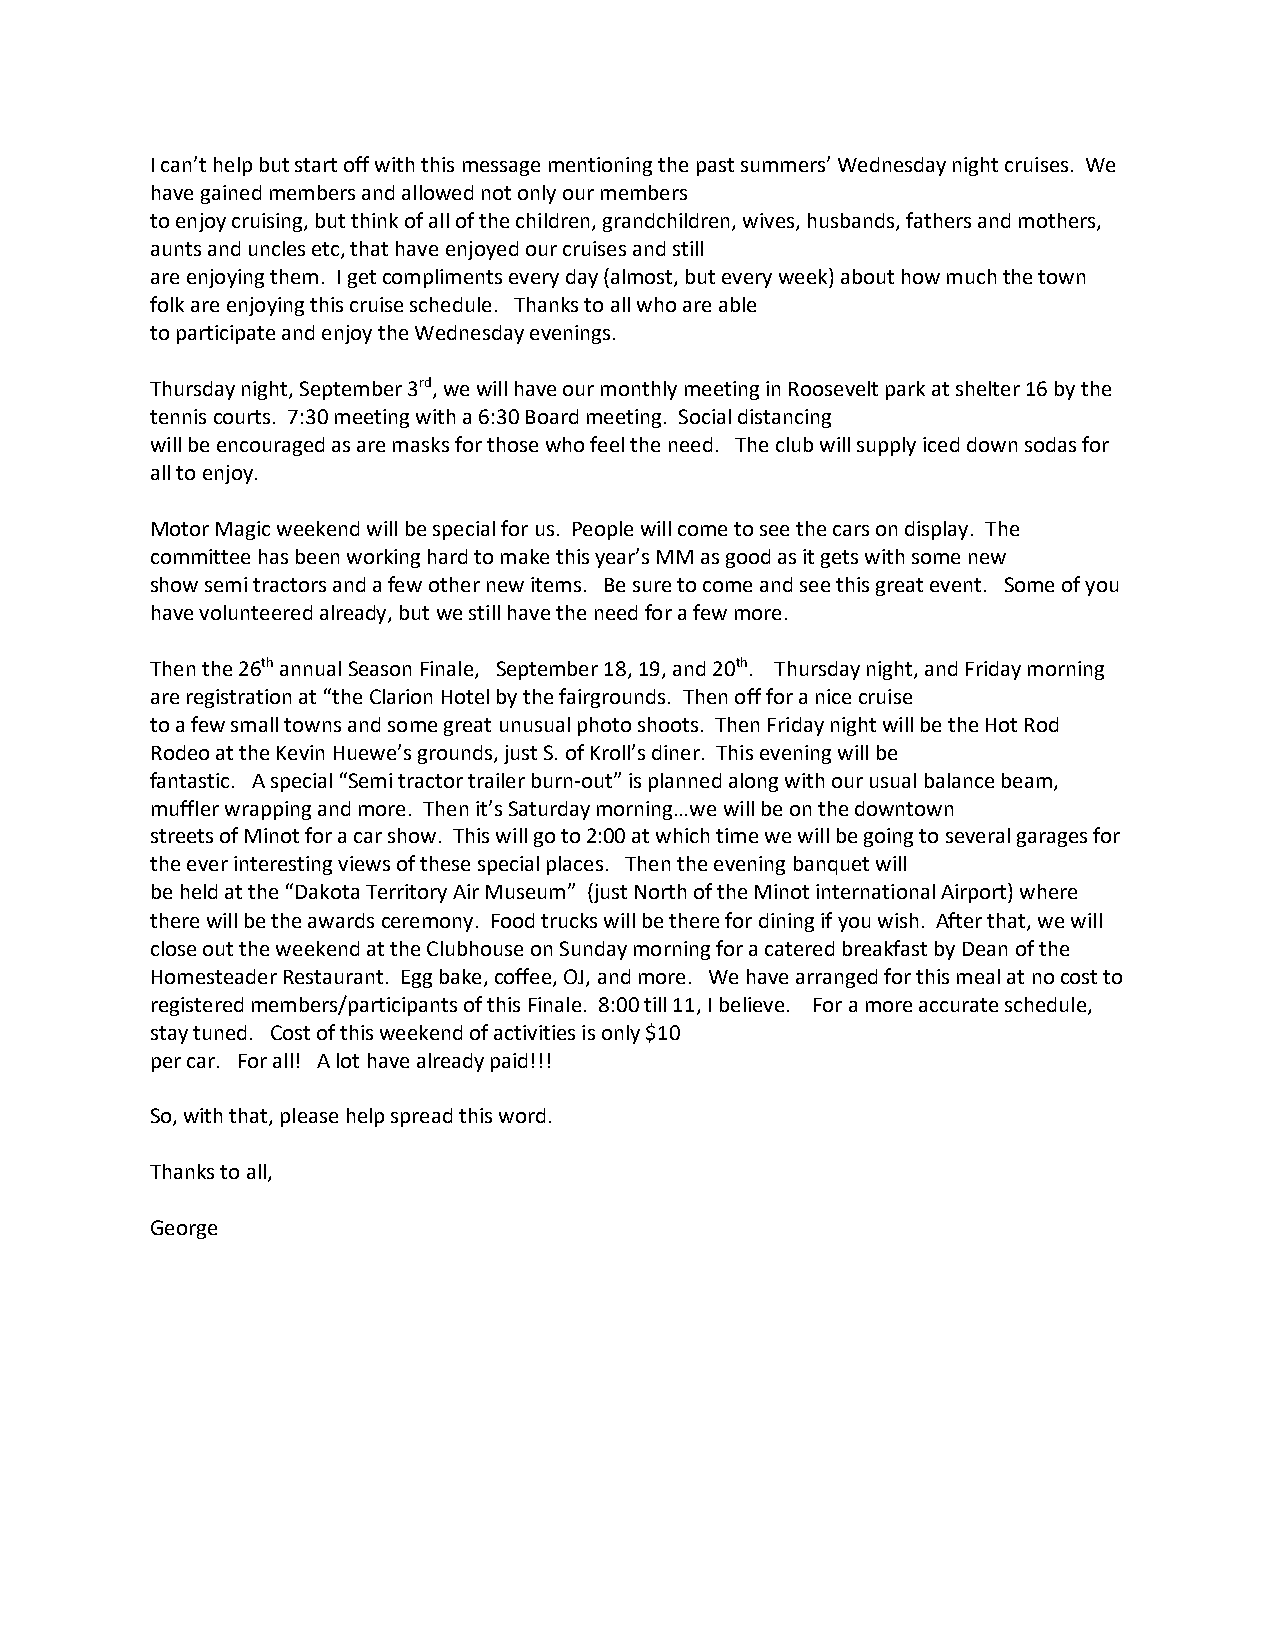
I can’t help but start off with this message mentioning the past summers’ Wednesday night cruises. We
 have gained members and allowed not only our members
 to enjoy cruising, but think of all of the children, grandchildren, wives, husbands, fathers and mothers,
 aunts and uncles etc, that have enjoyed our cruises and still
 are enjoying them. I get compliments every day (almost, but every week) about how much the town
 folk are enjoying this cruise schedule. Thanks to all who are able
 to participate and enjoy the Wednesday evenings.
 Thursday night, September 3rd, we will have our monthly meeting in Roosevelt park at shelter 16 by the
 tennis courts. 7:30 meeting with a 6:30 Board meeting. Social distancing
 will be encouraged as are masks for those who feel the need. The club will supply iced down sodas for
 all to enjoy.
 Motor Magic weekend will be special for us. People will come to see the cars on display. The
 committee has been working hard to make this year’s MM as good as it gets with some new
 show semi tractors and a few other new items. Be sure to come and see this great event. Some of you
 have volunteered already, but we still have the need for a few more.
 Then the 26th annual Season Finale, September 18, 19, and 20th. Thursday night, and Friday morning
 are registration at “the Clarion Hotel by the fairgrounds. Then off for a nice cruise
 to a few small towns and some great unusual photo shoots. Then Friday night will be the Hot Rod
 Rodeo at the Kevin Huewe’s grounds, just S. of Kroll’s diner. This evening will be
 fantastic. A special “Semi tractor trailer burn-out” is planned along with our usual balance beam,
 muffler wrapping and more. Then it’s Saturday morning…we will be on the downtown
 streets of Minot for a car show. This will go to 2:00 at which time we will be going to several garages for
 the ever interesting views of these special places. Then the evening banquet will
 be held at the “Dakota Territory Air Museum” (just North of the Minot international Airport) where
 there will be the awards ceremony. Food trucks will be there for dining if you wish. After that, we will
 close out the weekend at the Clubhouse on Sunday morning for a catered breakfast by Dean of the
 Homesteader Restaurant. Egg bake, coffee, OJ, and more. We have arranged for this meal at no cost to
 registered members/participants of this Finale. 8:00 till 11, I believe. For a more accurate schedule,
 stay tuned. Cost of this weekend of activities is only $10
 per car. For all! A lot have already paid!!!
 So, with that, please help spread this word.
 Thanks to all,
 George